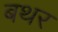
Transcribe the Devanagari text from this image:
बथर